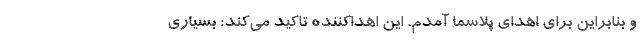
و بنابراین برای اهدای پلاسما آمدم. این اهداکننده تاکید می‌کند: بسیاری